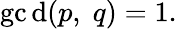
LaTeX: \operatorname*{gc\mathrm{d}}(p,\; q)=1.